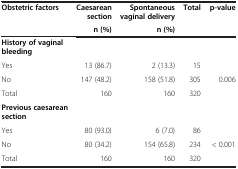
<table><thead><tr><td rowspan="2"><b>Obstetric factors</b></td><td><b>Caesarean section</b></td><td><b>Spontaneous vaginal delivery</b></td><td rowspan="2"><b>Total</b></td><td rowspan="2"><b>p-value</b></td></tr><tr><td><b>n (%)</b></td><td><b>n (%)</b></td></tr></thead><tbody><tr><td><b>History of vaginal bleeding</b></td><td> </td><td> </td><td> </td><td> </td></tr><tr><td>Yes</td><td>13 (86.7)</td><td>2 (13.3)</td><td>15</td><td> </td></tr><tr><td>No</td><td>147 (48.2)</td><td>158 (51.8)</td><td>305</td><td>0.006</td></tr><tr><td>Total</td><td>160</td><td>160</td><td>320</td><td> </td></tr><tr><td><b>Previous caesarean section</b></td><td> </td><td> </td><td> </td><td> </td></tr><tr><td>Yes</td><td>80 (93.0)</td><td>6 (7.0)</td><td>86</td><td> </td></tr><tr><td>No</td><td>80 (34.2)</td><td>154 (65.8)</td><td>234</td><td>&lt; 0.001</td></tr><tr><td>Total</td><td>160</td><td>160</td><td>320</td><td> </td></tr></tbody></table>